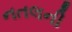
નતલની